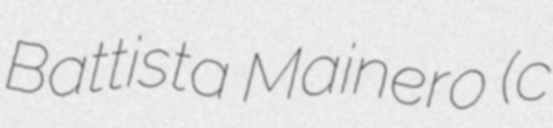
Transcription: Battista Mainero (c